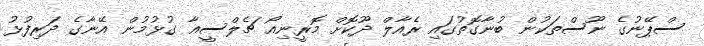
ސްޕޭނުގެ ނޫސްތަކުން ބުނާގޮތުގައި ރެއާލް ދޫކޮށް މޮރީނިއޯ ޗެލްސީއާ ގުޅުމުން އޭނާގެ ދަރިފުޅު